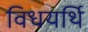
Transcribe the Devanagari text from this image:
विधयर्थि